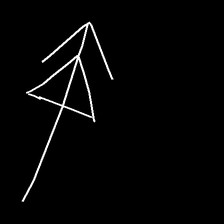
Glyph: pull